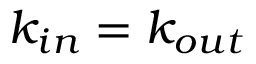
k _ { i n } = k _ { o u t }